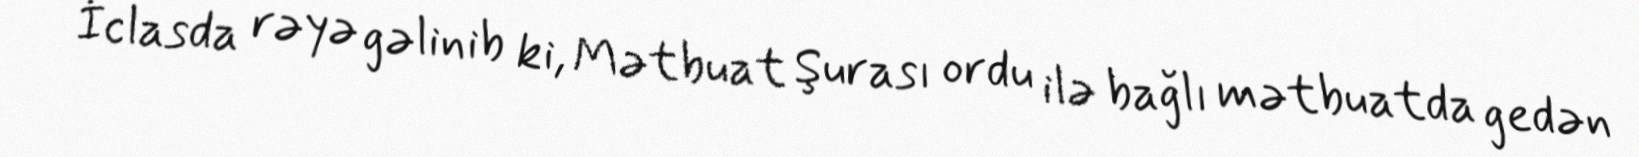
İclasda rəyə gəlinib ki, Mətbuat Şurası ordu ilə bağlı mətbuatda gedən